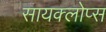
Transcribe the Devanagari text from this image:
सायक्लोप्स